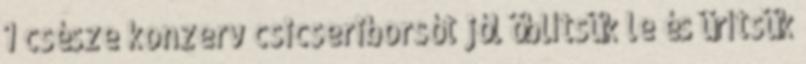
1 csésze konzerv csicseriborsót jól öblítsük le és ürítsük